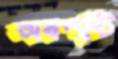
অবশষ্টি